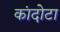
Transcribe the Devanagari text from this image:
कांदोटा